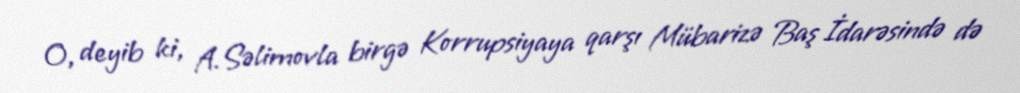
O, deyib ki, A.Səlimovla birgə Korrupsiyaya qarşı Mübarizə Baş İdarəsində də